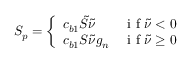
S _ { p } = \left\{ \begin{array} { l l } { c _ { b 1 } \tilde { S } \tilde { \nu } } & { \mathrm { ~ i ~ f ~ } \tilde { \nu } < 0 } \\ { c _ { b 1 } S \tilde { \nu } g _ { n } } & { \mathrm { ~ i ~ f ~ } \tilde { \nu } \geq 0 } \end{array} \right.